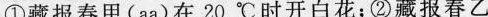
①藏报春甲(aa)在20^{\circ}C时开白花；②藏报春乙